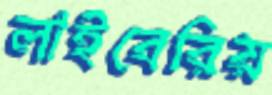
লাইবেরিয়